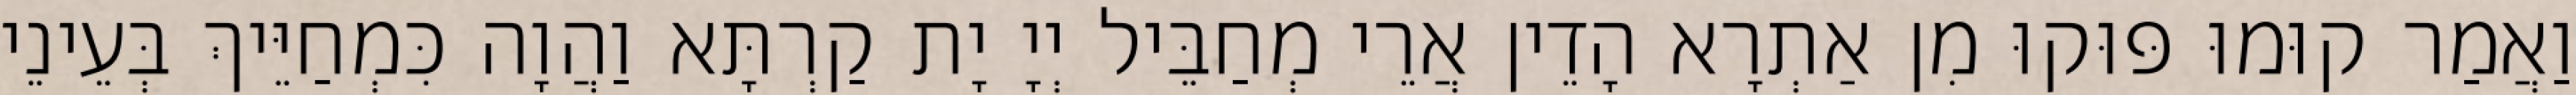
וַאֲמַר קוּמוּ פּוּקוּ מִן אַתְרָא הָדֵין אֲרֵי מְחַבֵּיל יְיָ יָת קַרְתָּא וַהֲוָה כִּמְחַיֵּיךְ בְּעֵינֵי